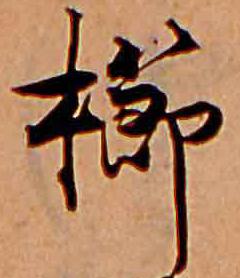
櫛